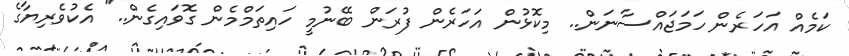
ކަމެއް އަހަރެން ހަމަޖައްސާނަން.. މިކޮޅުން އަހަރެން ފުރަން ބޭނުމީ ހައިތަމްމެން ގޮވައިގެން.." އެކުވެރިޔާގެ